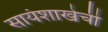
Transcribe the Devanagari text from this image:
सायंशाखेची